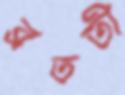
ব্রততী